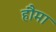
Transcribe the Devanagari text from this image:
हौमा